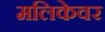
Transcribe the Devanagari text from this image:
मलिकेवर